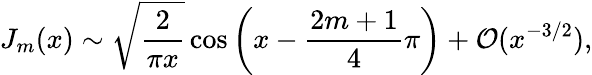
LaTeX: J_{m}(x)\sim\sqrt{\frac{2}{\pi x}}\cos\left(x-\frac{2m+1}{4}\pi\right)+\mathcal{O}(x^{-3/2}),